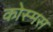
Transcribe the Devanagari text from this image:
कोस्मस